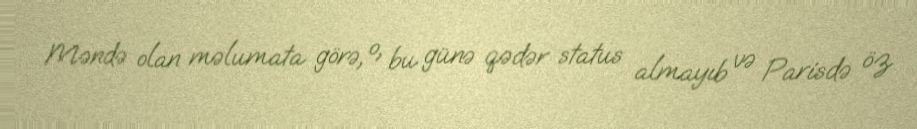
Məndə olan məlumata görə, o, bu günə qədər status almayıb və Parisdə öz